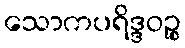
သောကပရိဒ္ဒဝဉ္စ